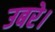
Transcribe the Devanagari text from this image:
उबरे।